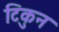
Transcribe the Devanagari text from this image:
टिकुन